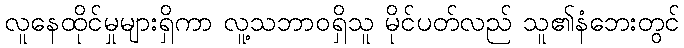
လူနေထိုင်မှုများရှိကာ လူ့သဘာဝရှိသူ မိုင်ပတ်လည် သူ၏နံဘေးတွင်